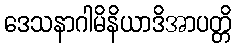
ဒေသနာဂါမိနိယာဒိအာပတ္တိ